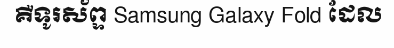
គឺទូរស័ព្ទ Samsung Galaxy Fold ដែល